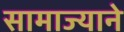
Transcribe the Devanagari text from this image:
सामाज्याने